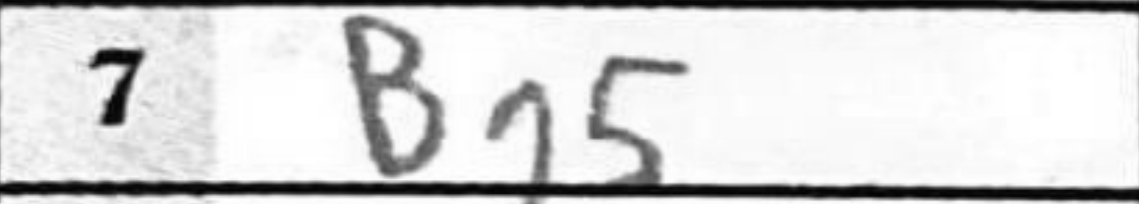
Transcription: Bg5